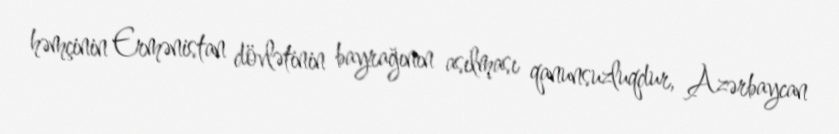
həmçinin Ermənistan dövlətinin bayrağının asılması qanunsuzluqdur, Azərbaycan